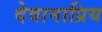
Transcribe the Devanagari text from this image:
देवानाप्रिय